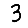
Digit: 3